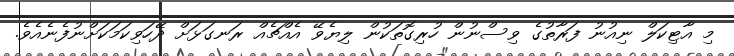
މި އާޓިކަލް ނިއުނު ފަރާތުގެ ވިސްނުން ހުރިގޮތަކުން ލިޔެވޭ އެއްޗެއް ރަނގަޅަށް ދޭހަވިކަމަކަށްނުފެނެއެވެ.